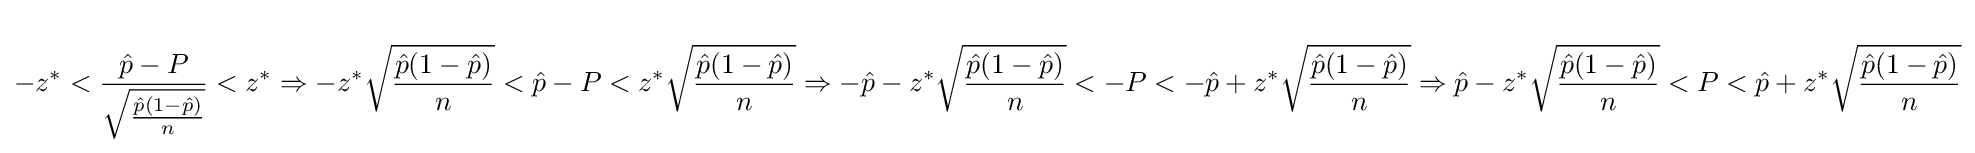
-z^{*}<{\frac {{\hat {p}}-P}{\sqrt {\frac {{\hat {p}}(1-{\hat {p}})}{n}}}}<z^{*}\Rightarrow -z^{*}{\sqrt {\frac {{\hat {p}}(1-{\hat {p}})}{n}}}<{\hat {p}}-P<z^{*}{\sqrt {\frac {{\hat {p}}(1-{\hat {p}})}{n}}}\Rightarrow -{\hat {p}}-z^{*}{\sqrt {\frac {{\hat {p}}(1-{\hat {p}})}{n}}}<-P<-{\hat {p}}+z^{*}{\sqrt {\frac {{\hat {p}}(1-{\hat {p}})}{n}}}\Rightarrow {\hat {p}}-z^{*}{\sqrt {\frac {{\hat {p}}(1-{\hat {p}})}{n}}}<P<{\hat {p}}+z^{*}{\sqrt {\frac {{\hat {p}}(1-{\hat {p}})}{n}}}